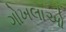
ગોખલાઓ